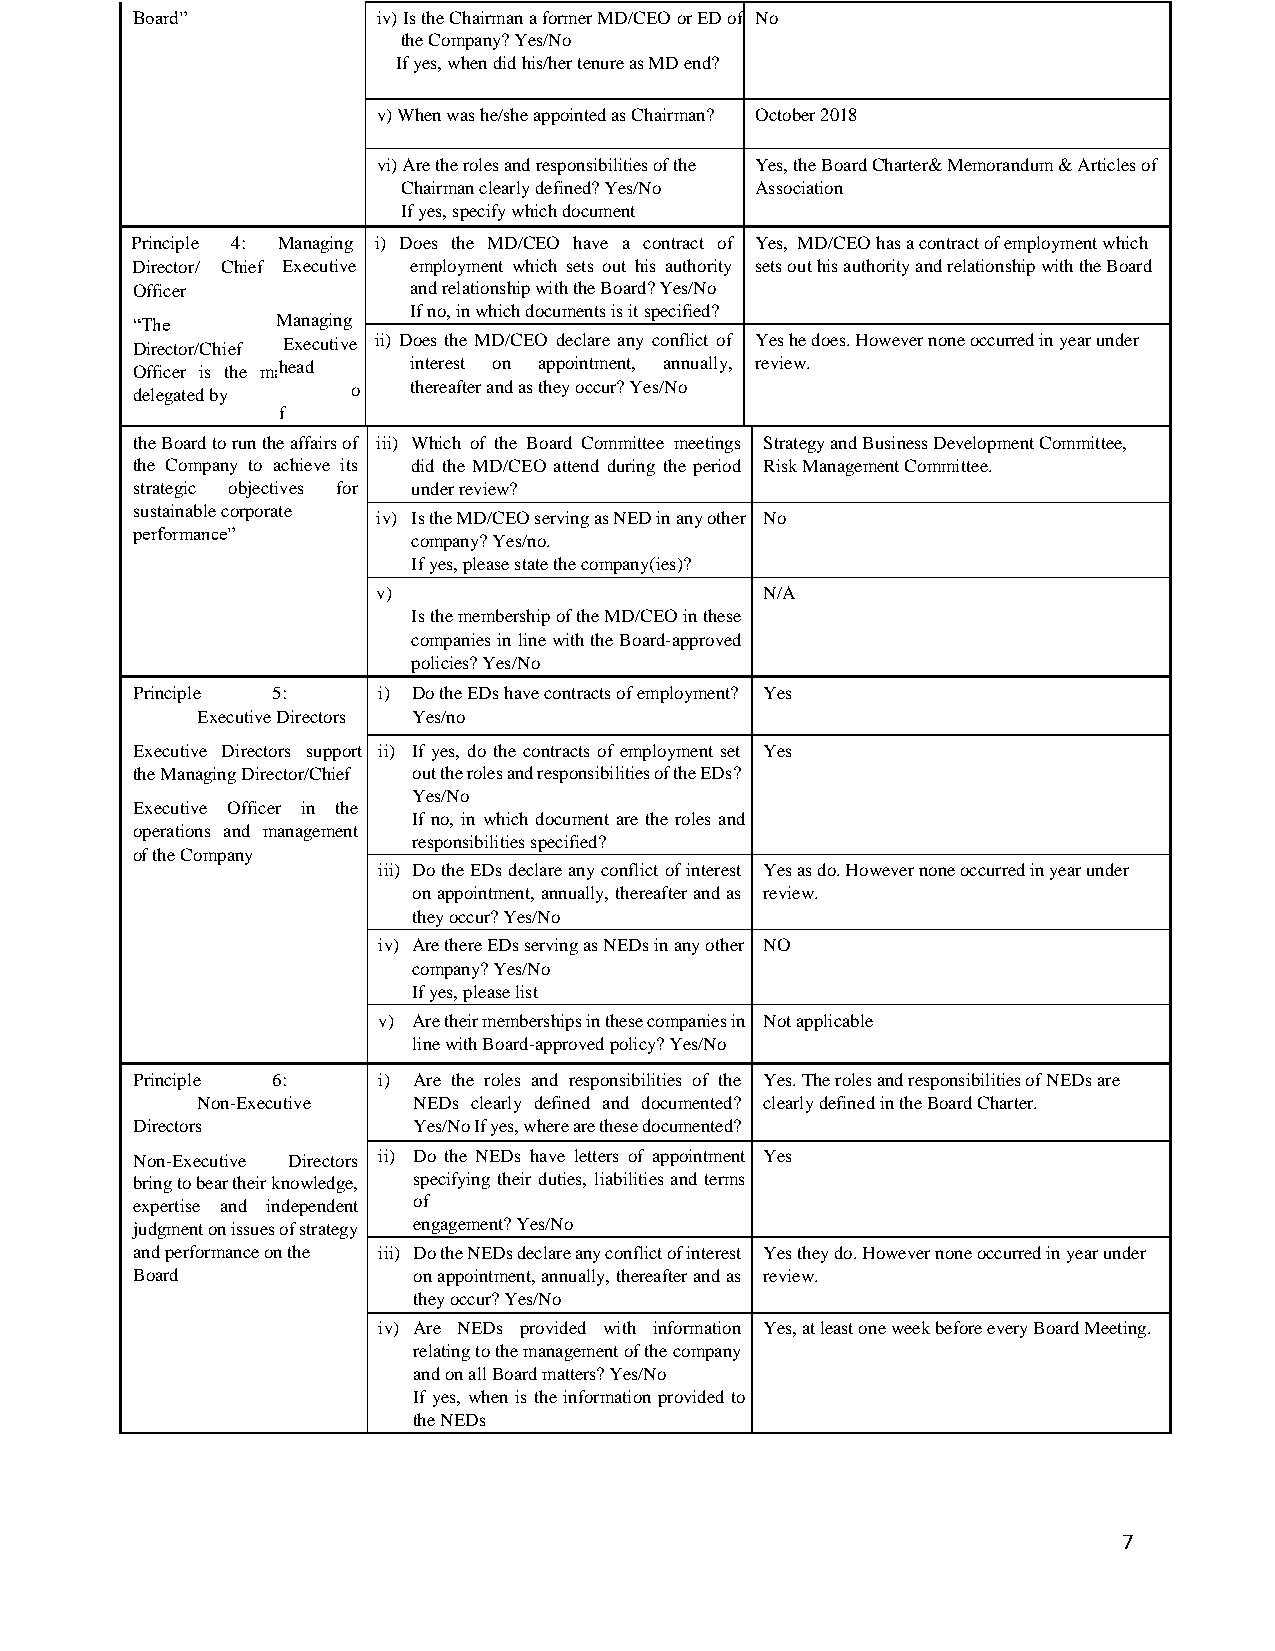
Board”          iv) Is the Chairman a former MD/CEO or ED of No
 the Company? Yes/No
 If yes, when did his/her tenure as MD end?
 v) When was he/she appointed as Chairman? October 2018
 vi) Are the roles and responsibilities of the Yes, the Board Charter& Memorandum & Articles of
 Chairman clearly defined? Yes/No Association
 If yes, specify which document
 Principle 4: Managing i) Does the MD/CEO have a contract of Yes, MD/CEO has a contract of employment which
 Director/ Chief Executive employment which sets out his authority sets out his authority and relationship with the Board
 Officer           and relationship with the Board? Yes/No
 If no, in which documents is it specified?
 “The     Managing
 Director/Chief Executive ii) Does the MD/CEO declare any conflict of Yes he does. However none occurred in year under
 Officer is the mahneaagde ment interest on appointment, annually, review.
 delegated by  o   thereafter and as they occur? Yes/No
 f
 the Board to run the affairs of iii) Which of the Board Committee meetings Strategy and Business Development Committee,
 the Company to achieve its did the MD/CEO attend during the period Risk Management Committee.
 strategic objectives for under review?
 sustainable corporate
 iv) Is the MD/CEO serving as NED in any other No
 performance”
 company? Yes/no.
 If yes, please state the company(ies)?
 v)                        N/A
 Is the membership of the MD/CEO in these
 companies in line with the Board-approved
 policies? Yes/No
 Principle 5:    i) Do the EDs have contracts of employment? Yes
 Executive Directors Yes/no
 Executive Directors support ii) If yes, do the contracts of employment set Yes
 the Managing Director/Chief out the roles and responsibilities of the EDs?
 Yes/No
 Executive Officer in the
 If no, in which document are the roles and
 operations and management
 responsibilities specified?
 of the Company
 iii) Do the EDs declare any conflict of interest Yes as do. However none occurred in year under
 on appointment, annually, thereafter and as review.
 they occur? Yes/No
 iv) Are there EDs serving as NEDs in any other NO
 company? Yes/No
 If yes, please list
 v) Are their memberships in these companies in Not applicable
 line with Board-approved policy? Yes/No
 Principle 6:    i) Are the roles and responsibilities of the Yes. The roles and responsibilities of NEDs are
 Non-Executive NEDs clearly defined and documented? clearly defined in the Board Charter.
 Directors         Yes/No If yes, where are these documented?
 Non-Executive Directors ii) Do the NEDs have letters of appointment Yes
 bring to bear their knowledge, specifying their duties, liabilities and terms
 expertise and independent of
 judgment on issues of strategy engagement? Yes/No
 and performance on the iii) Do the NEDs declare any conflict of interest Yes they do. However none occurred in year under
 Board             on appointment, annually, thereafter and as review.
 they occur? Yes/No
 iv) Are NEDs provided with information Yes, at least one week before every Board Meeting.
 relating to the management of the company
 and on all Board matters? Yes/No
 If yes, when is the information provided to
 the NEDs
 7